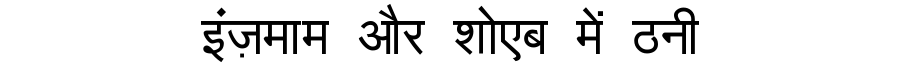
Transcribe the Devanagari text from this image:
इंज़माम और शोएब में ठनी